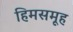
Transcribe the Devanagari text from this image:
हिमसमूह